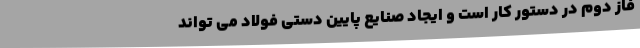
فاز دوم در دستور کار است و ایجاد صنایع پایین دستی فولاد می تواند